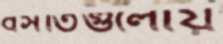
বসতিগুলোয়